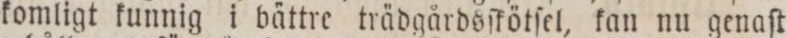
komligt kunnig i bättre trädgårdsſkötſel, kan nu genaſt